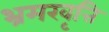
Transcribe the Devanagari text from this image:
भ्रमरवृत्ति